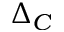
\Delta _ { C }